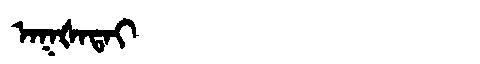
Manchu: ᠠᡴᡧᠠᡨᠠᡳ
Romanization: AKŠATAI